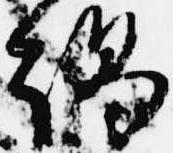
謁